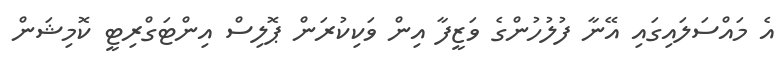
އެ މައްސަލައިގައި އޭނާ ފުލުހުންގެ ވަޒީފާ އިން ވަކިކުރަން ޕޮލިސް އިންޓަގްރިޓީ ކޮމިޝަން